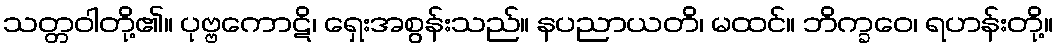
သတ္တဝါတို့၏။ ပုဗ္ဗကောဋိ၊ ရှေးအစွန်းသည်။ နပညာယတိ၊ မထင်။ ဘိက္ခဝေ၊ ရဟန်းတို့။